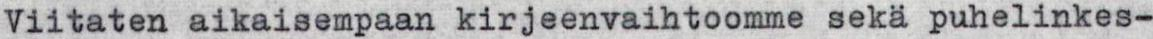
Viitaten aikaisempaan kirjeenvaihtoomme sekä puhelinkes-